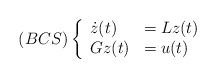
LaTeX: \begin{align*} (BCS)\left\{ \begin{array}{ll} \dot{z}(t)&=Lz(t)\\ Gz(t)&=u(t) \end{array} \right.\end{align*}